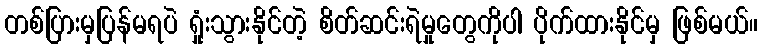
တစ်ပြားမှပြန်မရပဲ ရှုံးသွားနိုင်တဲ့ စိတ်ဆင်းရဲမှုတွေကိုပါ ပိုက်ထားနိုင်မှ ဖြစ်မယ်။